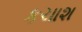
કચાશ